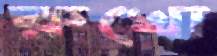
রুখো